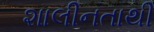
શાલીનતાથી